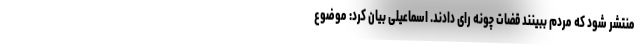
منتشر شود که مردم ببینند قضات چونه رای دادند. اسماعیلی بیان کرد: موضوع